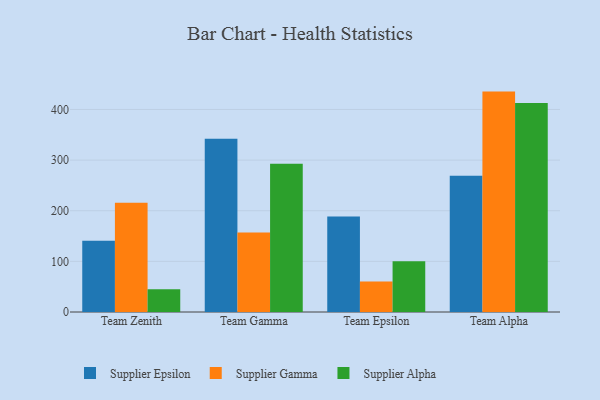
{"axis": {"x": "Team", "y": "Latency (ms)"}, "legend": ["Supplier Alpha", "Supplier Epsilon", "Supplier Gamma"], "data": [{"x": "Team Zenith", "y": 140.7, "type": "Supplier Epsilon"}, {"x": "Team Zenith", "y": 215.9, "type": "Supplier Gamma"}, {"x": "Team Zenith", "y": 45.1, "type": "Supplier Alpha"}, {"x": "Team Gamma", "y": 342.3, "type": "Supplier Epsilon"}, {"x": "Team Gamma", "y": 156.9, "type": "Supplier Gamma"}, {"x": "Team Gamma", "y": 293.0, "type": "Supplier Alpha"}, {"x": "Team Epsilon", "y": 188.8, "type": "Supplier Epsilon"}, {"x": "Team Epsilon", "y": 60.0, "type": "Supplier Gamma"}, {"x": "Team Epsilon", "y": 100.2, "type": "Supplier Alpha"}, {"x": "Team Alpha", "y": 269.0, "type": "Supplier Epsilon"}, {"x": "Team Alpha", "y": 435.3, "type": "Supplier Gamma"}, {"x": "Team Alpha", "y": 412.8, "type": "Supplier Alpha"}]}